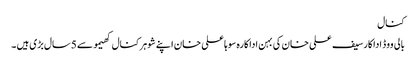
کنال
بالی ووڈ اداکارسیف علی خان کی بہن اداکارہ سوہاعلی خان اپنے شوہر کنال کھیمو سے 5سال بڑی ہیں ۔